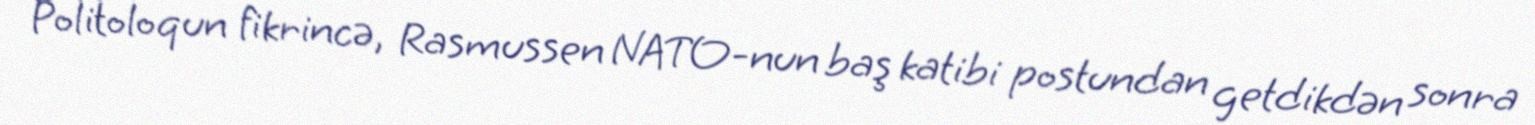
Politoloqun fikrincə, Rasmussen NATO-nun baş katibi postundan getdikdən sonra